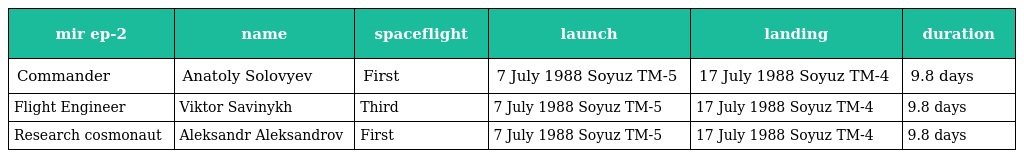
| mir ep-2 | name | spaceflight | launch | landing | duration |
 | --- | --- | --- | --- | --- | --- |
 | Commander | Anatoly Solovyev | First | 7 July 1988 Soyuz TM-5 | 17 July 1988 Soyuz TM-4 | 9.8 days |
 | Flight Engineer | Viktor Savinykh | Third | 7 July 1988 Soyuz TM-5 | 17 July 1988 Soyuz TM-4 | 9.8 days |
 | Research cosmonaut | Aleksandr Aleksandrov | First | 7 July 1988 Soyuz TM-5 | 17 July 1988 Soyuz TM-4 | 9.8 days |